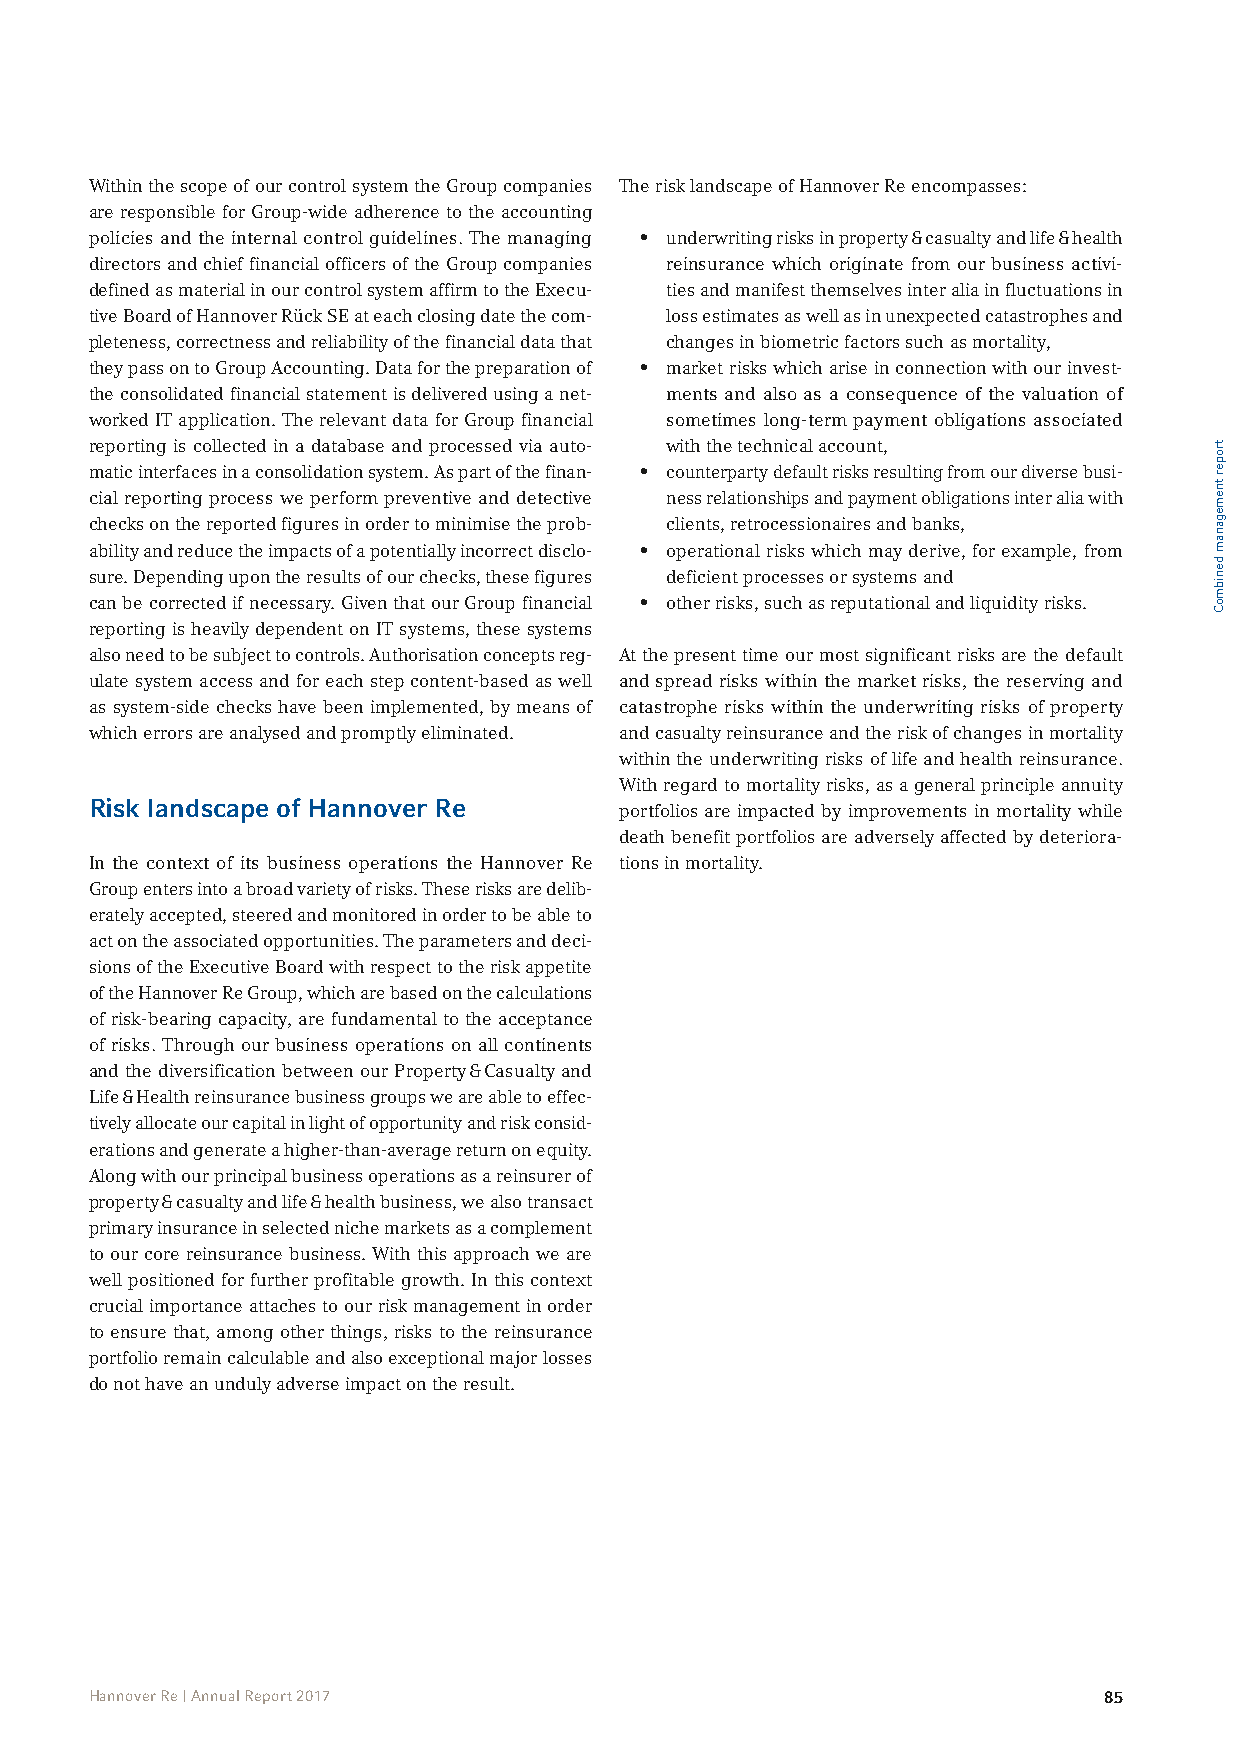
Within the scope of our control system the Group companies The risk landscape of Hannover Re encompasses:
 are responsible for Group-wide adherence to the accounting
 policies and the internal control guidelines. The managing • underwriting risks in property & casualty and life & health
 directors and chief financial officers of the Group companies reinsurance which originate from our business activi-
 defined as material in our control system affirm to the Execu- ties and manifest themselves inter alia in fluctuations in
 tive Board of Hannover Rück SE at each closing date the com- loss estimates as well as in unexpected catastrophes and
 pleteness, correctness and reliability of the financial data that changes in biometric factors such as mortality,
 they pass on to Group Accounting. Data for the preparation of • market risks which arise in connection with our invest-
 the consolidated financial statement is delivered using a net- ments and also as a consequence of the valuation of
 worked IT application. The relevant data for Group financial sometimes long-term payment obligations associated
 reporting is collected in a database and processed via auto- with the technical account,
 matic interfaces in a consolidation system. As part of the finan- • counterparty default risks resulting from our diverse busi-
 cial reporting process we perform preventive and detective ness relationships and payment obligations inter alia with
 checks on the reported figures in order to minimise the prob- clients, retrocessionaires and banks,
 ability and reduce the impacts of a potentially incorrect disclo- • operational risks which may derive, for example, from
 sure. Depending upon the results of our checks, these figures deficient processes or systems and
 can be corrected if necessary. Given that our Group financial • other risks, such as reputational and liquidity risks.
 reporting is heavily dependent on IT systems, these systems
 also need to be subject to controls. Authorisation concepts reg- At the present time our most significant risks are the default
 ulate system access and for each step content-based as well and spread risks within the market risks, the reserving and
 as system-side checks have been implemented, by means of catastrophe risks within the underwriting risks of property
 which errors are analysed and promptly eliminated. and casualty reinsurance and the risk of changes in mortality
 within the underwriting risks of life and health reinsurance.
 With regard to mortality risks, as a general principle annuity
 Risk landscape of Hannover Re      portfolios are impacted by improvements in mortality while
 death benefit portfolios are adversely affected by deteriora-
 In the context of its business operations the Hannover Re tions in mortality.
 Group enters into a broad variety of risks. These risks are delib-
 erately accepted, steered and monitored in order to be able to
 act on the associated opportunities. The parameters and deci-
 sions of the Executive Board with respect to the risk appetite
 of the Hannover Re Group, which are based on the calculations
 of risk-bearing capacity, are fundamental to the acceptance
 of risks. Through our business operations on all continents
 and the diversification between our Property & Casualty and
 Life & Health reinsurance business groups we are able to effec-
 tively allocate our capital in light of opportunity and risk consid-
 erations and generate a higher-than-average return on equity.
 Along with our principal business operations as a reinsurer of
 property & casualty and life & health business, we also transact
 primary insurance in selected niche markets as a complement
 to our core reinsurance business. With this approach we are
 well positioned for further profitable growth. In this context
 crucial importance attaches to our risk management in order
 to ensure that, among other things, risks to the reinsurance
 portfolio remain calculable and also exceptional major losses
 do not have an unduly adverse impact on the result.
 Hannover Re | Annual Report 2017                                   85
 troper
 tnemeganam
 denibmoC